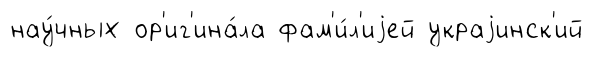
нау́чных ор'иг'ина́ла фам'и́л'иjей украjинск'ий